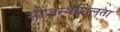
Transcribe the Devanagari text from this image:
सोजन्यशिलता